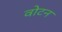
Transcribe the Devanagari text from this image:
वोटन